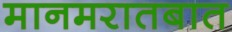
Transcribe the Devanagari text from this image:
मानमरातबात